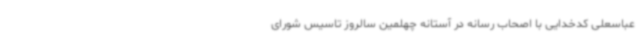
عباسعلی کدخدایی با اصحاب رسانه در آستانه چهلمین سالروز تاسیس شورای